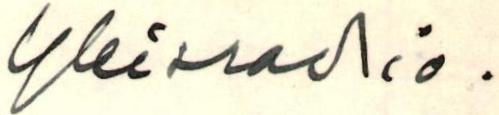
Yleisradio .